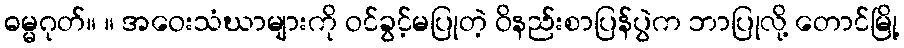
ဓမ္မဂုတ်။ ။ အဝေးသံဃာများကို ဝင်ခွင့်မပြုတဲ့ ဝိနည်းစာပြန်ပွဲက ဘာပြုလို့ တောင်မြို့